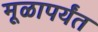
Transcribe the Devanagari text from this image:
मूळापर्यंत